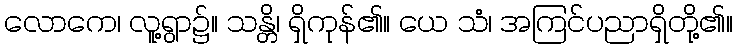
လောကေ၊ လူ့ရွာ၌။ သန္တိ၊ ရှိကုန်၏။ ယေ သံ၊ အကြင်ပညာရှိတို့၏။